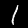
Digit: 1